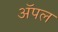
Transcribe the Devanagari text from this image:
अॅपल